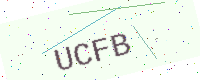
Text: UCFB